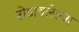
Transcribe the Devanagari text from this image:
रोडावलेल्या